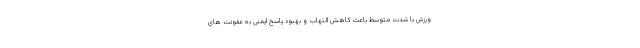
ورزش با شدت متوسط باعث کاهش التهاب و بهبود پاسخ ایمنی به عفونت های